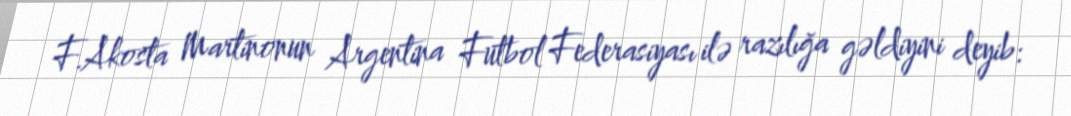
F.Akosta Martinonun Argentina Futbol Federasiyası ilə razılığa gəldiyini deyib: